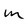
Character: m